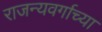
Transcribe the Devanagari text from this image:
राजन्यवर्गाच्या